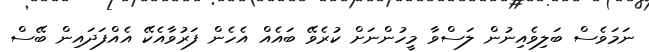
ނަމަވެސް ބަލިވެއިނުން ލަސްވާ މީހުންނަށް ކުރެވޭ ބައެއް އެހެން ފަރުވާއެކޭ އެއްފަދައިން ބޭސް